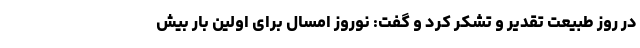
در روز طبیعت تقدیر و تشکر کرد و گفت: نوروز امسال برای اولین بار بیش